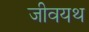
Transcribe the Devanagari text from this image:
जीवयथ